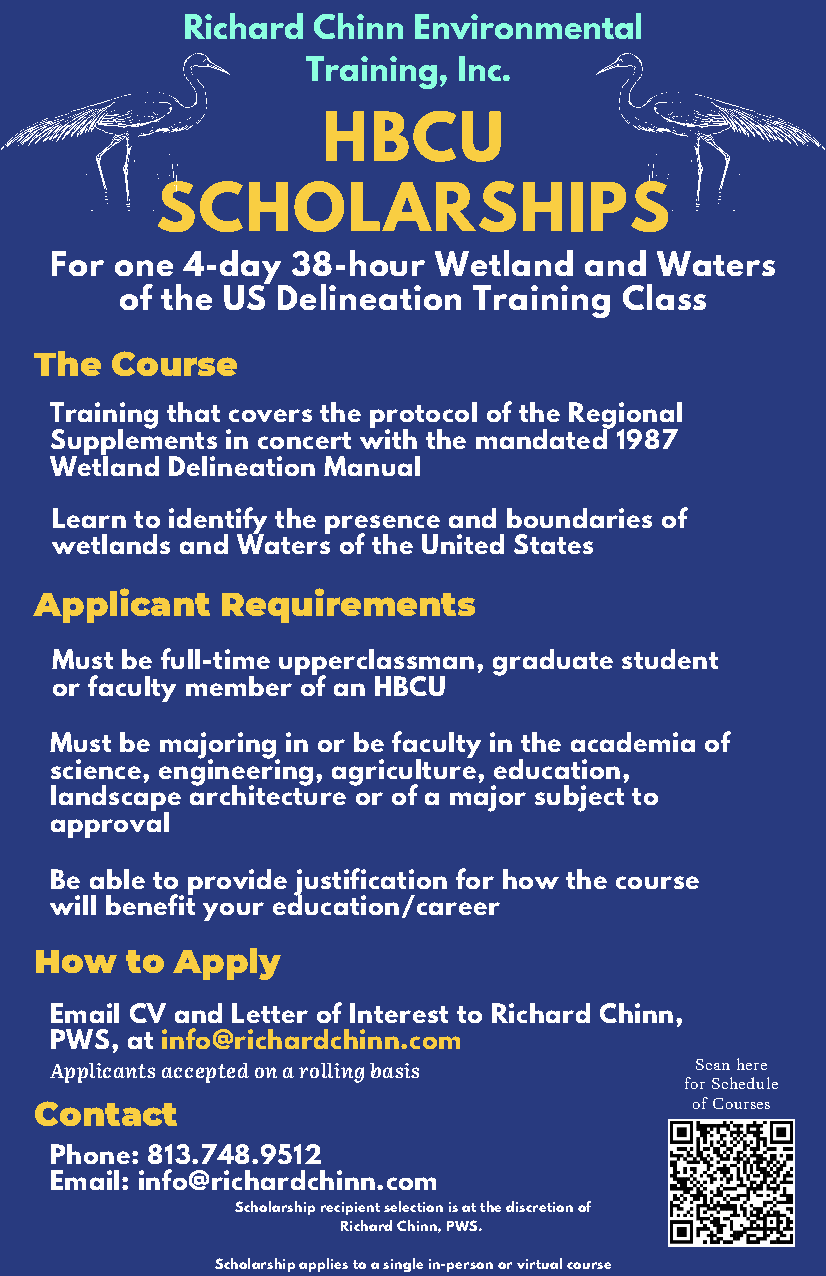
Richard  Chinn Environmental
 Training, Inc.
 HBCU
 SCHOLARSHIPS
 For  one 4-day  38-hour   Wetland   and Waters
 of the US Delineation  Training  Class
 The  Course
 Training that covers the protocol of the Regional
 Supplements in concert with the mandated 1987
 Wetland Delineation Manual
 Learn to identify the presence and boundaries of
 wetlands and Waters of the United States
 Applicant    Requirements
 Must be full-time upperclassman, graduate student
 or faculty member of an HBCU
 Must be majoring in or be faculty in the academia of
 science, engineering, agriculture, education,
 landscape architecture or of a major subject to
 approval
 Be able to provide justification for how the course
 will benefit your education/career
 How   to  Apply
 Email CV and Letter of Interest to Richard Chinn,
 PWS, at info@richardchinn.com
 Applicants accepted on a rolling basis     Scan here
 for Schedule
 Contact                                     of Courses
 Phone: 813.748.9512
 Email: info@richardchinn.com
 Scholarship recipient selection is at the discretion of
 Richard Chinn, PWS.
 Scholarship applies to a single in-person or virtual course